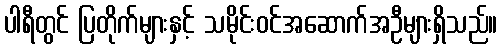
ပါရီတွင် ပြတိုက်များနှင့် သမိုင်းဝင်အဆောက်အဦများရှိသည်။